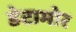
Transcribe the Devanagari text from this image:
डेटामोर